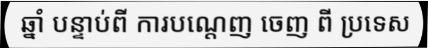
ឆ្នាំ បន្ទាប់ពី ការបណ្តេញ ចេញ ពី ប្រទេស